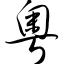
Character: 粤